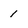
Character: 1